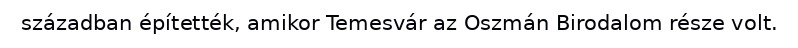
században építették, amikor Temesvár az Oszmán Birodalom része volt.